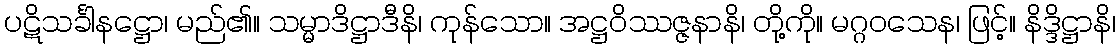
ပဋိသင်္ခါနဋ္ဌော၊ မည်၏။ သမ္မာဒိဋ္ဌာဒီနိ၊ ကုန်သော။ အဋ္ဌဝိဿဇ္ဇနာနိ၊ တို့ကို။ မဂ္ဂဝသေန၊ ဖြင့်။ နိဒ္ဒိဋ္ဌာနိ၊